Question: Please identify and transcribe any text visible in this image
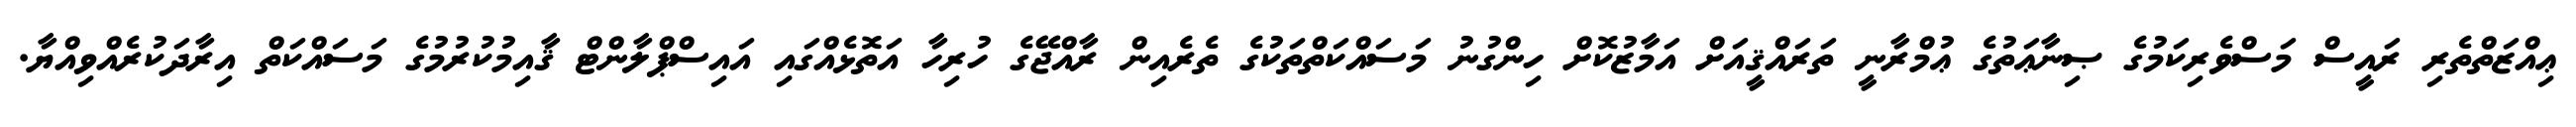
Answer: ޢިއްޒަތްތެރި ރައީސް މަސްވެރިކަމުގެ ޞިނާޢަތުގެ ޢުމްރާނީ ތަރައްޤީއަށް އަމާޒުކޮށް ހިންގުނު މަސައްކަތްތަކުގެ ތެރެއިން ރާއްޖޭގެ ހުރިހާ އަތޮޅެއްގައި އައިސްޕްލާންޓް ޤާއިމުކުރުމުގެ މަސައްކަތް އިރާދަކުރެއްވިއްޔާ.